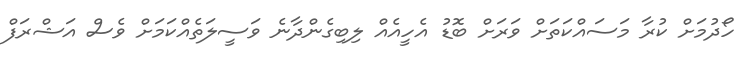
ހޯދުމަށް ކުރާ މަސައްކަތަށް ވަރަށް ބޮޑު އެހީއެއް ލިބިގެންދާނެ ވަސީލަތެއްކަމަށް ވެސް އަޝްރަފް